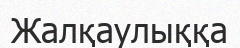
Жалқаулыққа